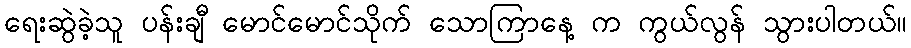
ရေးဆွဲခဲ့သူ ပန်းချီ မောင်မောင်သိုက် သောကြာနေ့ က ကွယ်လွန် သွားပါတယ်။